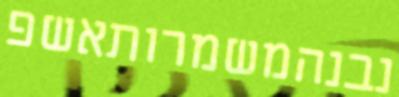
נבנהמשמרותאשפ